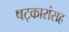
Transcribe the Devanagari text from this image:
षट्कारांसह